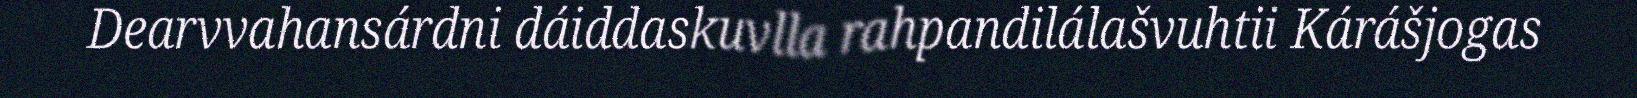
Dearvvahansárdni dáiddaskuvlla rahpandilálašvuhtii Kárášjogas